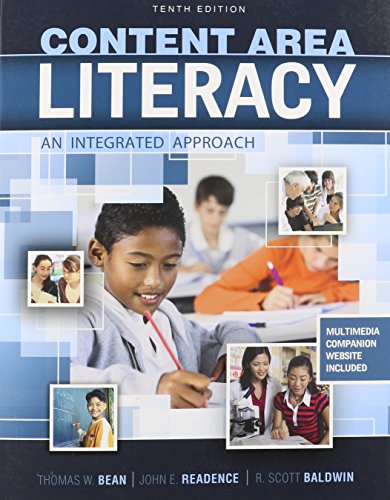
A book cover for Content Area Literacy: An Integrated Approach; READENCE  JOHN; Reference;